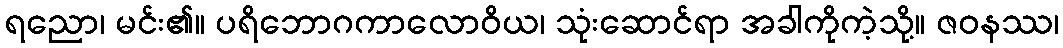
ရညော၊ မင်း၏။ ပရိဘောဂကာလောဝိယ၊ သုံးဆောင်ရာ အခါကိုကဲ့သို့။ ဇဝနဿ၊